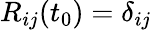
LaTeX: R_{ij}(t_{0})=\delta_{ij}